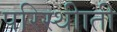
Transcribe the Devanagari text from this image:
परिस्थीाती